Annual report of the Central Committee of the Association together with the report of the directors of the Pasteur Institute at Kasauli
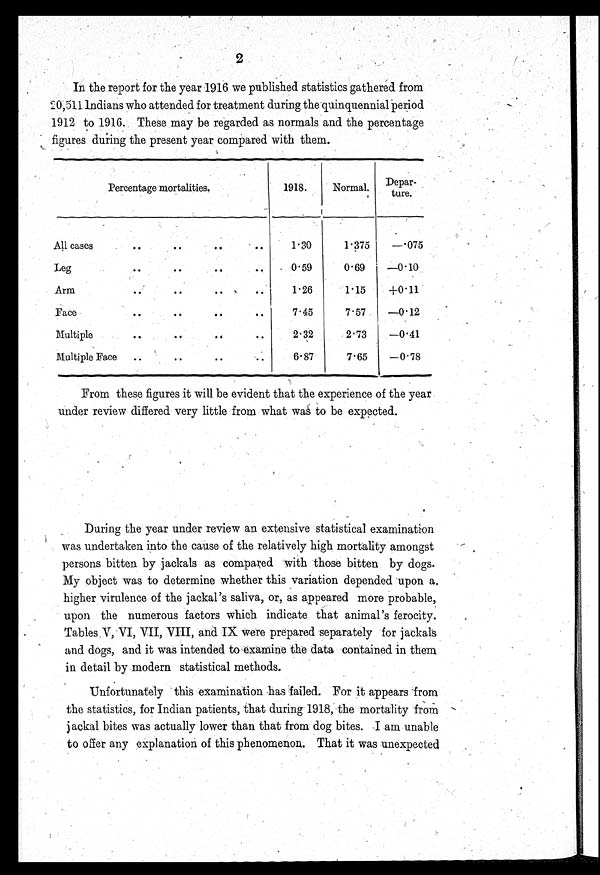
2
In the report for the year 1916 we published statistics gathered from
20,511 Indians who attended for treatment during the quinquennial period
1912 to 1916. These may be regarded as normals and the percentage
figures during the present year compared with them.
Percentage mortalities.
1918.
Normal.
,
Depar -
ture.
All cases . . .
1.30
1.375
—.075
Leg . . .
0.59
0.69
—0.10
Arm . . .
1.26
1.15
+0.11
Face . . .
7.45
7.57
—0.12
Multiple . . .
2.32
2.73
—0.41
Multiple Face . . .
6.87
7.65
—0.78
From these figures it will be evident that the experience of the year
under review differed very little from what was to be expected.
During the year under review an extensive statistical examination
was undertaken into the cause of the relatively high mortality amongst
persons bitten by jackals as compared with those bitten by dogs.
My object was to determine whether this variation depended upon a,
higher virulence of the jackal's saliva, or, as appeared more probable,
upon the numerous factors which indicate that animal's ferocity.
Tables V, VI, VII, VIII, and IX were prepared separately for jackals
and dogs, and it was intended to examine the data contained in them
in detail by modern statistical methods.
Unfortunately this examination has failed. For it appears from
the statistics, for Indian patients, that during 1918, the mortality from
jackal bites was actually lower than that from dog bites. I am unable
to offer any explanation of this phenomenon. That it was unexpected